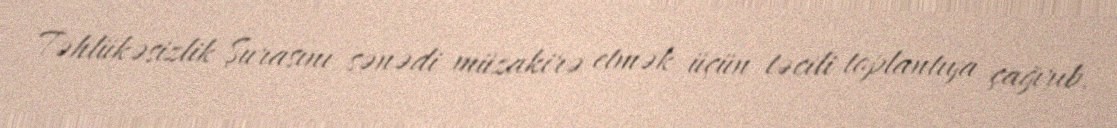
Təhlükəsizlik Şurasını sənədi müzakirə etmək üçün təcili toplantıya çağırıb.